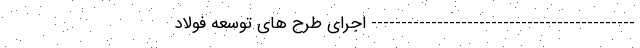
-------------------------------------------- اجرای طرح های توسعه فولاد